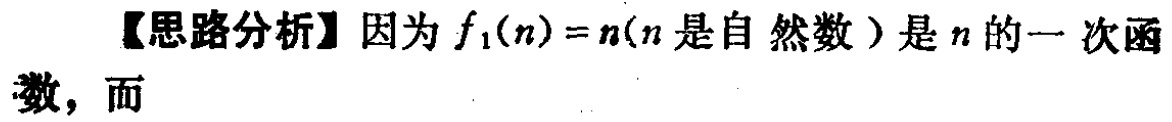
【思路分析】因为\(f_1(n)=n\)（\(n\)是自然数）是\(n\)的一次函数，而